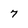
Character: 7